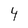
Character: 4